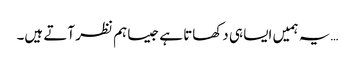
…یہ ہمیں ایسا ہی دکھاتا ہے جیسا ہم نظر آتے ہیں۔